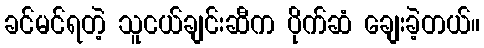
ခင်မင်ရတဲ့ သူငယ်ချင်းဆီက ပိုက်ဆံ ချေးခဲ့တယ်။